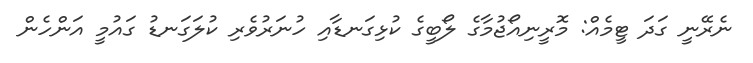
ނެރޭނީ ގަދަ ޓީމެއް: މޮރީނިއޯޖުމާގެ ލޯބީގެ ކުޅިގަނޑާއި ހުނަރުވެރި ކުލަގަނޑު ގައުމީ އަންހެން